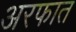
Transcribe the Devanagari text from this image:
अरफात